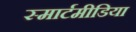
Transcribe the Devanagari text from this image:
स्मार्टमीडिया